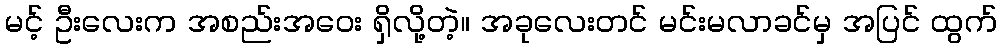
မင့် ဦးလေးက အစည်းအဝေး ရှိလို့တဲ့။ အခုလေးတင် မင်းမလာခင်မှ အပြင် ထွက်